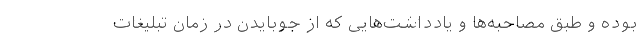
بوده و طبق مصاحبه‌ها و یادداشت‌هایی که از جوبایدن در زمان تبلیغات